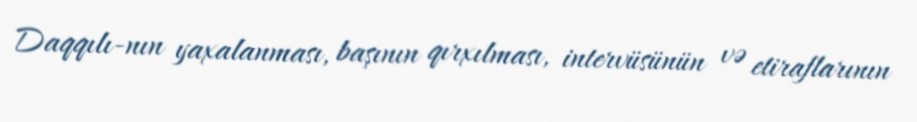
Daqqılı-nın yaxalanması, başının qırxılması, intervüsünün və etiraflarının